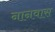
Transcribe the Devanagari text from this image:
नानवास